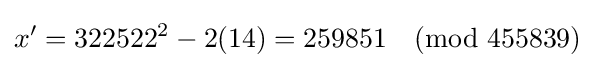
x'=322522^{2}-2(14)=259851{\pmod {455839}}